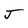
Character: J